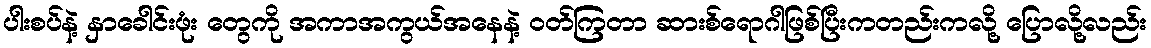
ပါးစပ်နဲ့ နှာခေါင်းဖုံး တွေကို အကာအကွယ်အနေနဲ့ ဝတ်ကြတာ ဆားစ်ရောဂါဖြစ်ပြီးကတည်းကလို့ ပြောလို့လည်း